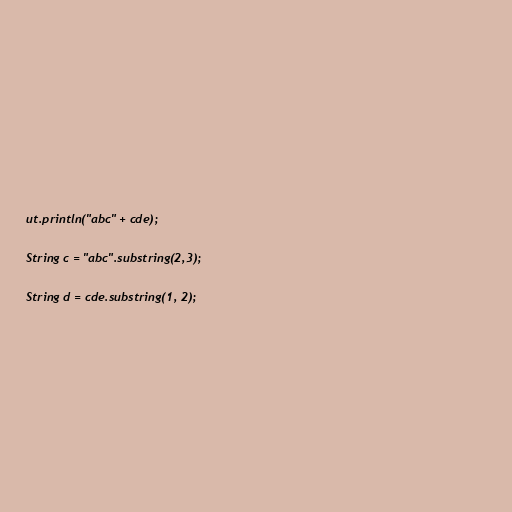
ut.println("abc" + cde);

String c = "abc".substring(2,3);

String d = cde.substring(1, 2);